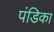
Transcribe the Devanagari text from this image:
पंडिका